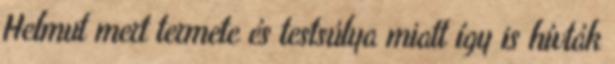
Helmut mert termete és testsúlya miatt így is hívták